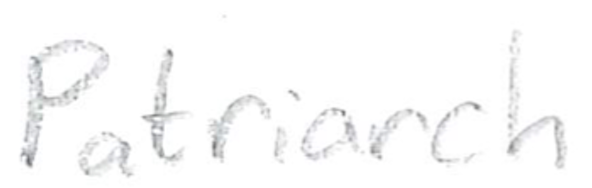
Text: Patriarch
Cross-out: clean
Writing tool: pencil